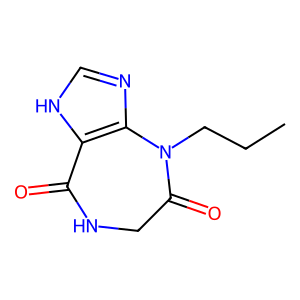
SMILES: CCCN1C(=O)CNC(=O)c2[nH]cnc21
Inhibits HIV replication: No